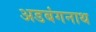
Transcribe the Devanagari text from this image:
अडबंगनाथ